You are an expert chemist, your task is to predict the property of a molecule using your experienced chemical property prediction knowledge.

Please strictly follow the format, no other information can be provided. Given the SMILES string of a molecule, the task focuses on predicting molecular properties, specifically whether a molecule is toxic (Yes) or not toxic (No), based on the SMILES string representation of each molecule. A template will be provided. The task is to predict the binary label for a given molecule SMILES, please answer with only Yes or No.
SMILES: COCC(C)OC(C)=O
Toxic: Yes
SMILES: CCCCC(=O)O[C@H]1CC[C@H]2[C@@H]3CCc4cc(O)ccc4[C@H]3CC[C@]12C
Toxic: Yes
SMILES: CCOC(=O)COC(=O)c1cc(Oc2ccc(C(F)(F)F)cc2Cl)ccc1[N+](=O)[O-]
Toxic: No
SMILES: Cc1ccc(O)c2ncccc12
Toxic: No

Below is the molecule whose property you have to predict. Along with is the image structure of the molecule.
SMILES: NP(N)(=O)NC(=O)c1ccc(F)cc1
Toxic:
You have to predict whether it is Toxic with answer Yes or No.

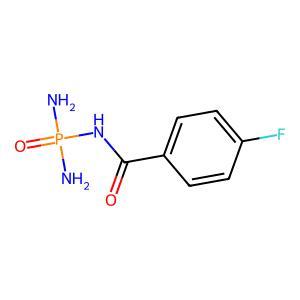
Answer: No